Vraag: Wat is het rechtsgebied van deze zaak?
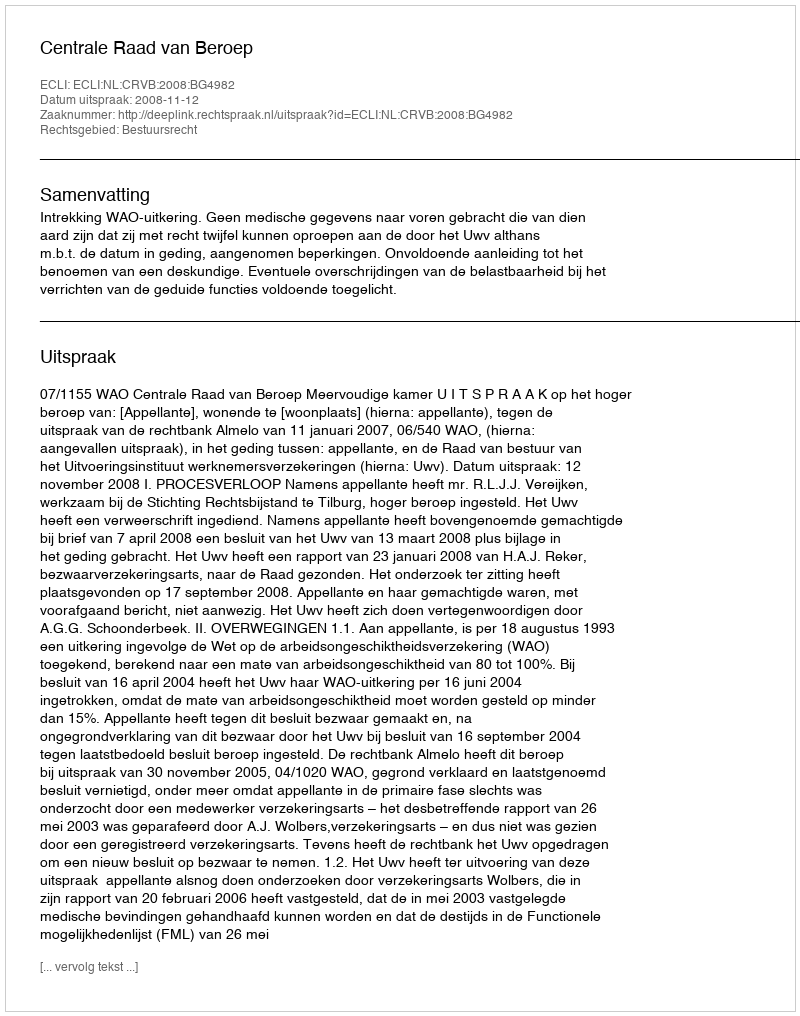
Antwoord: Bestuursrecht